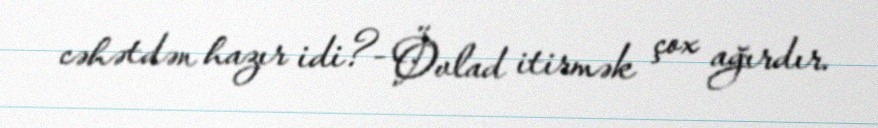
cəhətdən hazır idi?- Övlad itirmək çox ağırdır.